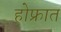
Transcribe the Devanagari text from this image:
होफ्रात